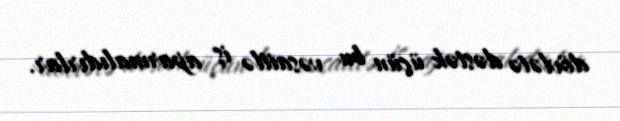
dövlətə dəstək üçün bu vəsaitlə iş aparmalıdırlar.